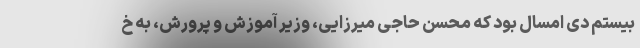
بیستم دی امسال بود که محسن حاجی میرزایی، وزیر آموزش و پرورش، به خ